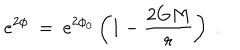
e ^ { 2 \phi } ~ = ~ e ^ { 2 \phi _ { 0 } } \left( 1 - \frac { 2 G M } { r } \right) ~ .